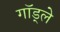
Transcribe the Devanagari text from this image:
गॉड्ले